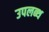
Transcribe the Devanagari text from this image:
उपलब्थ